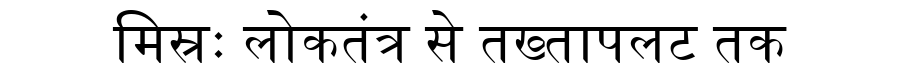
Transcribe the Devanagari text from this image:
मिस्रः लोकतंत्र से तख्तापलट तक